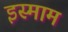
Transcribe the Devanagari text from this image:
इस्माम